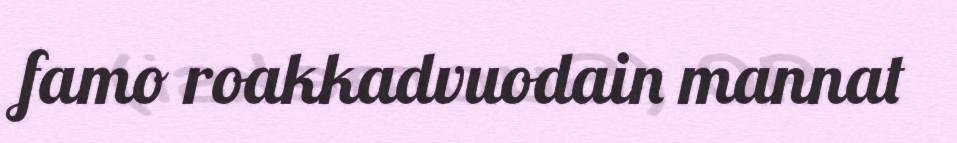
famo roakkadvuodain mannat